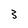
Character: 3